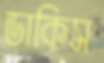
ডাকিস